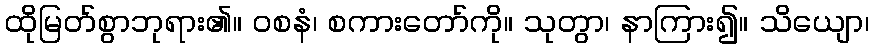
ထိုမြတ်စွာဘုရား၏။ ဝစနံ၊ စကားတော်ကို။ သုတွာ၊ နာကြား၍။ သိယျော၊